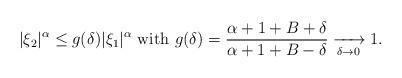
LaTeX: \begin{align*} |\xi_2|^\alpha\le g(\delta)|\xi_1|^\alpha\textrm{ with } g(\delta)=\frac{\alpha+1+B+\delta}{\alpha+1+B-\delta}\xrightarrow[\delta\to 0]{}1. \end{align*}